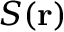
S ( \mathbf { r } )